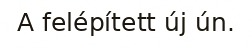
A felépített új ún.